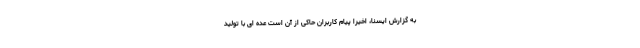
به گزارش ایسنا، اخیرا پیام کاربران حاکی از آن است عده ای با تولید